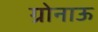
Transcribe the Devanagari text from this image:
ग्रोनाऊ